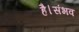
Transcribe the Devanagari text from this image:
है।संभव